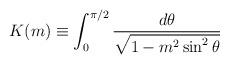
LaTeX: \begin{align*}K(m) \equiv \int_{0}^{\pi/2} \frac{d\theta}{\sqrt{1 - m^2 \sin^2{\theta}}}\,\end{align*}